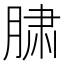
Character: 𰮲